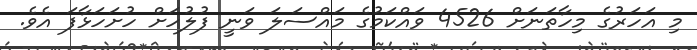
މި އަހަރުގެ މިހާތަނަށް 4526 ވައްކަމުގެ މައްސަލަ ވަނީ ފުލުހަށް ހުށަހަޅާފަ އެވެ.